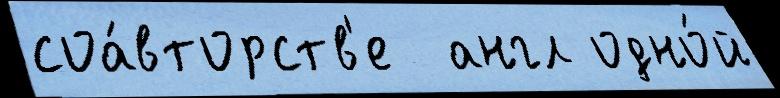
соа́вторств'е  англ одно́й